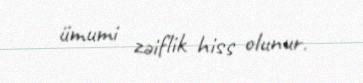
ümumi zəiflik hiss olunur.